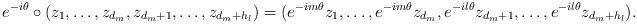
LaTeX: \begin{align*} e^{-i\theta}\circ(z_1,\ldots,z_{d_m},z_{d_m+1},\ldots,z_{d_m+h_{l}})=(e^{-im\theta}z_1,\ldots,e^{-im\theta}z_{d_m},e^{-il\theta}z_{d_m+1},\ldots,e^{-il\theta}z_{d_m+h_{l}}).\end{align*}